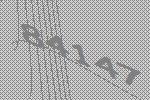
84147